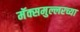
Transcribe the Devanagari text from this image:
मॅक्समुल्लरच्या